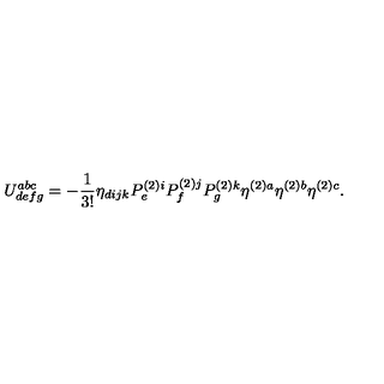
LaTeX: U _ { d e f g } ^ { a b c } = - \frac { 1 } { 3 ! } \eta _ { d i j k } P _ { e } ^ { ( 2 ) i } P _ { f } ^ { ( 2 ) j } P _ { g } ^ { ( 2 ) k } \eta ^ { ( 2 ) a } \eta ^ { ( 2 ) b } \eta ^ { ( 2 ) c } .